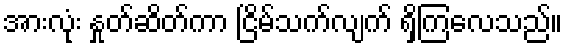
အားလုံး နှုတ်ဆိတ်ကာ ငြိမ်သက်လျက် ရှိကြလေသည်။